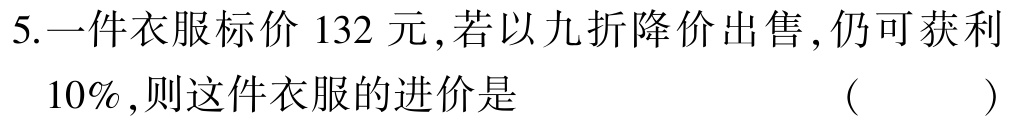
5.一件衣服标价$132$元，若以九折降价出售，仍可获利$10\%$，则这件衣服的进价是 （  ）